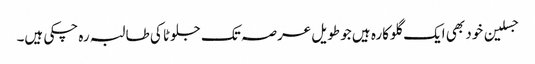
جسلین خود بھی ایک گلوکارہ ہیں جو طویل عرصہ تک جلوٹا کی طالبہ رہ چکی ہیں۔